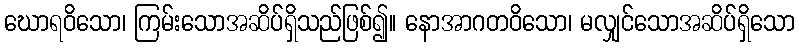
ဃောရဝိသော၊ ကြမ်းသောအဆိပ်ရှိသည်ဖြစ်၍။ နောအာဂတဝိသော၊ မလျှင်သောအဆိပ်ရှိသော